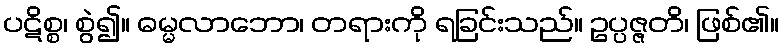
ပဋိစ္စ၊ စွဲ၍။ ဓမ္မလာဘော၊ တရားကို ရခြင်းသည်။ ဥပ္ပဇ္ဇတိ၊ ဖြစ်၏။